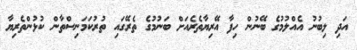
އަދި ލިބުނު އެއްލުމުގެ ބޭނުން ހިފާ އޭރިޔާތެރެއަށް ބަނުމުގެ ތެރޭގައި ތުރުކަމަނިސްތާން ކުޅުންތެރިޔާ